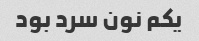
یکم نون سرد بود